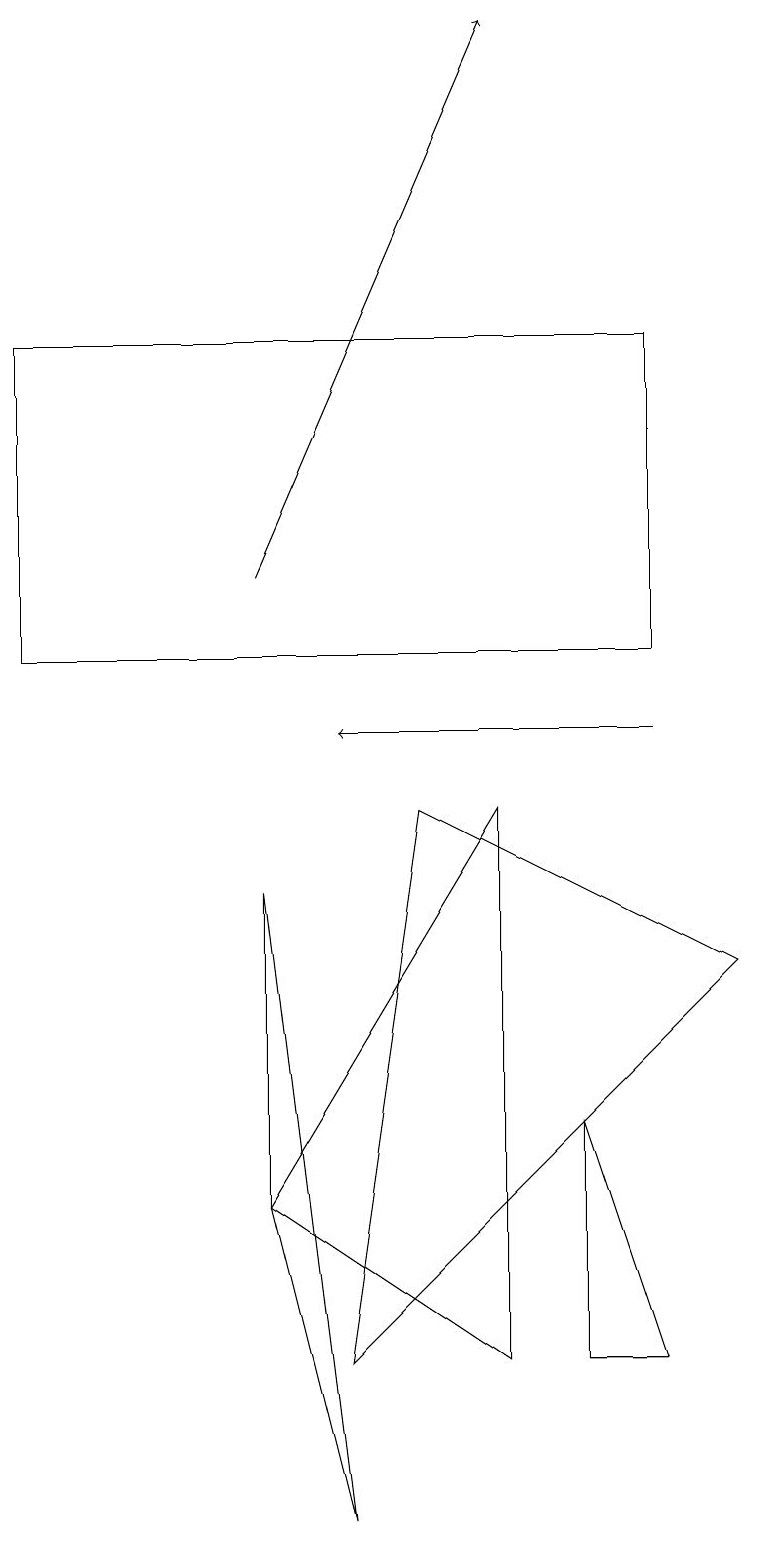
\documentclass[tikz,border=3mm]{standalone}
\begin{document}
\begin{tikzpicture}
\draw[->] (8,10) -- (4,10);
\draw (9,7) -- (4,2) -- (5,9) -- cycle;
\draw (0,15) rectangle (8,11);
\draw (3,4) -- (6,9) -- (6,2) -- cycle;
\draw (7,5) -- (7,2) -- (8,2) -- cycle;
\draw (4,0) -- (3,4) -- (3,8) -- cycle;
\draw[->] (3,12) -- (6,19);
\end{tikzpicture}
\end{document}